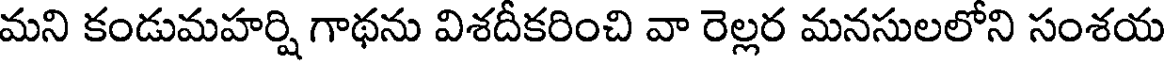
మని కండుమహర్షి గాథను విశదీకరించి వా రెల్లర మనసులలోని సంశయ